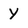
Character: Y